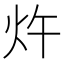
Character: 𰝿